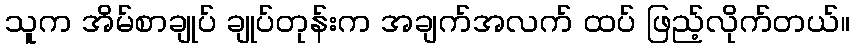
သူက အိမ်စာချုပ် ချုပ်တုန်းက အချက်အလက် ထပ် ဖြည့်လိုက်တယ်။